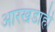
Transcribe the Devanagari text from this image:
आरखडाही